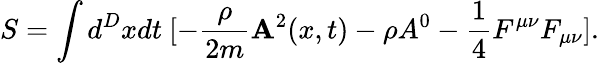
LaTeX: S=\int d^{D}xdt~[-\frac{\rho}{2m}{\mathbf A}^{2}(x,t)-\rho A^{0}-\frac{1}{4}F^{\mu\nu}F_{\mu\nu}].